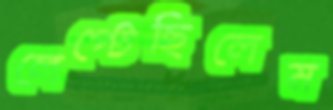
লেপ্‌টেছিলেম